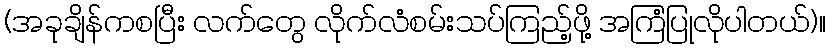
(အခုချိန်ကစပြီး လက်တွေ လိုက်လံစမ်းသပ်ကြည့်ဖို့ အကြံပြုလိုပါတယ်)။